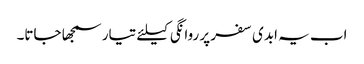
اب یہ ابدی سفر پر روانگی کیلئے تیار سمجھا جاتا۔